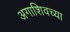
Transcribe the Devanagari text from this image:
अगाशिवच्या